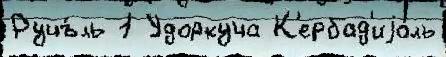
Ручъ́ль 1 Удоркуча К'ербад'иjо́ль